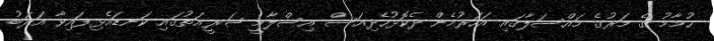
ހުމާމު ގެ މަރުގެ މައްސަލާގައި އަހަރުމެން ދެކޮޅުހެދިއަސް އިސްލާމީ ޝަރީޢަތުގައި ކަނޑައެޅިފައިވާ އަދަބު